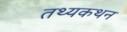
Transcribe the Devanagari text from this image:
तथ्यकथन